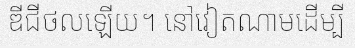
ឌីជីថលឡើយ។ នៅវៀតណាមដើម្បី